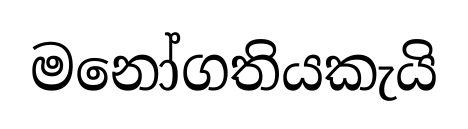
මනෝගතියකැයි